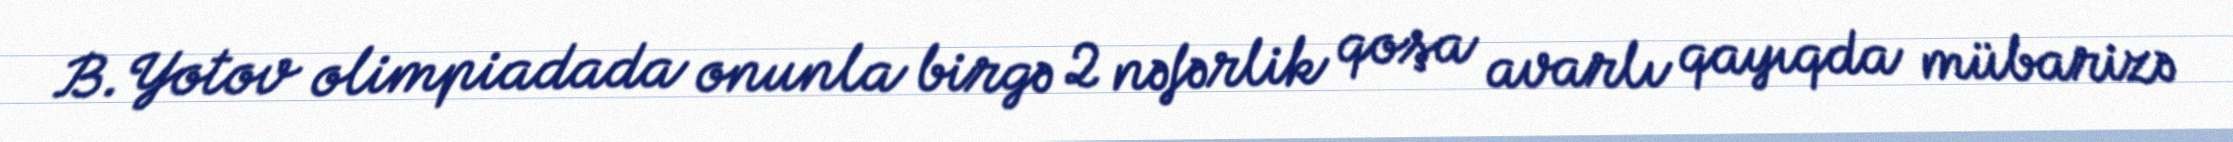
B.Yotov olimpiadada onunla birgə 2 nəfərlik qoşa avarlı qayıqda mübarizə